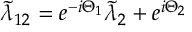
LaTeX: \tilde { \lambda } _ { 1 2 } = e ^ { - i \Theta _ { 1 } } \tilde { \lambda } _ { 2 } + e ^ { i \Theta _ { 2 } }